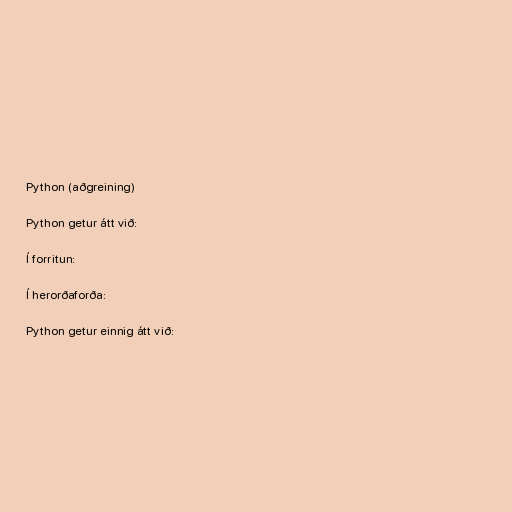
Python (aðgreining)

Python getur átt við:

Í forritun:

Í herorðaforða:

Python getur einnig átt við: